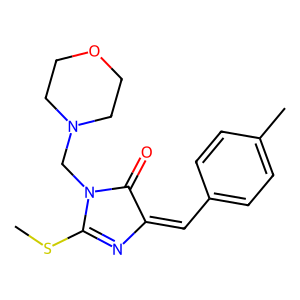
SMILES: CSC1=NC(=Cc2ccc(C)cc2)C(=O)N1CN1CCOCC1
Inhibits HIV replication: No